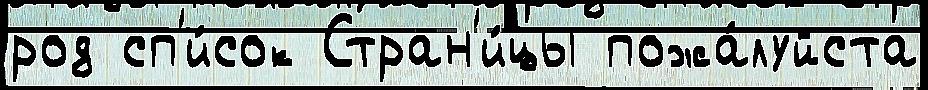
род сп'и́сок Стран'и́цы пожа́луйста